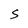
Character: S